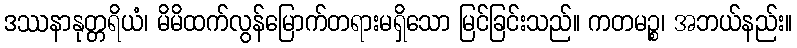
ဒဿနာနုတ္တရိယံ၊ မိမိထက်လွန်မြောက်တရားမရှိသော မြင်ခြင်းသည်။ ကတမဉ္စ၊ အဘယ်နည်း။